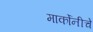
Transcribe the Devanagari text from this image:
मार्कोनीचे